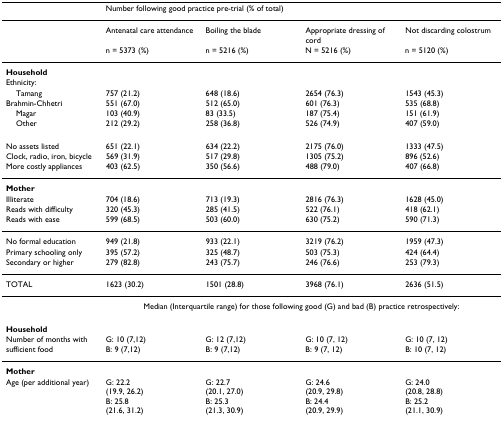
<table><thead><tr><td></td><td colspan="4"><b>Number following good practice pre-trial (% of total)</b></td></tr></thead><tbody><tr><td></td><td>Antenatal care attendance</td><td>Boiling the blade</td><td>Appropriate dressing of cord</td><td>Not discarding colostrum</td></tr><tr><td></td><td>n = 5373 (%)</td><td>n = 5216 (%)</td><td>N = 5216 (%)</td><td>n = 5120 (%)</td></tr><tr><td><b>Household</b></td><td></td><td></td><td></td><td></td></tr><tr><td>Ethnicity:</td><td></td><td></td><td></td><td></td></tr><tr><td> Tamang</td><td>757 (21.2)</td><td>648 (18.6)</td><td>2654 (76.3)</td><td>1543 (45.3)</td></tr><tr><td>Brahmin-Chhetri</td><td>551 (67.0)</td><td>512 (65.0)</td><td>601 (76.3)</td><td>535 (68.8)</td></tr><tr><td> Magar</td><td>103 (40.9)</td><td>83 (33.5)</td><td>187 (75.4)</td><td>151 (61.9)</td></tr><tr><td> Other</td><td>212 (29.2)</td><td>258 (36.8)</td><td>526 (74.9)</td><td>407 (59.0)</td></tr><tr><td>No assets listed</td><td>651 (22.1)</td><td>634 (22.2)</td><td>2175 (76.0)</td><td>1333 (47.5)</td></tr><tr><td>Clock, radio, iron, bicycle</td><td>569 (31.9)</td><td>517 (29.8)</td><td>1305 (75.2)</td><td>896 (52.6)</td></tr><tr><td>More costly appliances</td><td>403 (62.5)</td><td>350 (56.6)</td><td>488 (79.0)</td><td>407 (66.8)</td></tr><tr><td><b>Mother</b></td><td></td><td></td><td></td><td></td></tr><tr><td>Illiterate</td><td>704 (18.6)</td><td>713 (19.3)</td><td>2816 (76.3)</td><td>1628 (45.0)</td></tr><tr><td>Reads with difficulty</td><td>320 (45.3)</td><td>285 (41.5)</td><td>522 (76.1)</td><td>418 (62.1)</td></tr><tr><td>Reads with ease</td><td>599 (68.5)</td><td>503 (60.0)</td><td>630 (75.2)</td><td>590 (71.3)</td></tr><tr><td>No formal education</td><td>949 (21.8)</td><td>933 (22.1)</td><td>3219 (76.2)</td><td>1959 (47.3)</td></tr><tr><td>Primary schooling only</td><td>395 (57.2)</td><td>325 (48.7)</td><td>503 (75.3)</td><td>424 (64.4)</td></tr><tr><td>Secondary or higher</td><td>279 (82.8)</td><td>243 (75.7)</td><td>246 (76.6)</td><td>253 (79.3)</td></tr><tr><td>TOTAL</td><td>1623 (30.2)</td><td>1501 (28.8)</td><td>3968 (76.1)</td><td>2636 (51.5)</td></tr><tr><td></td><td colspan="4">Median (Interquartile range) for those following good (G) and bad (B) practice retrospectively:</td></tr><tr><td><b>Household</b></td><td></td><td></td><td></td><td></td></tr><tr><td>Number of months with</td><td>G: 10 (7,12)</td><td>G: 12 (7,12)</td><td>G: 10 (7, 12)</td><td>G: 10 (7, 12)</td></tr><tr><td>sufficient food</td><td>B: 9 (7,12)</td><td>B: 9 (7,12)</td><td>B: 9 (7, 12)</td><td>B: 10 (7, 12)</td></tr><tr><td><b>Mother</b></td><td></td><td></td><td></td><td></td></tr><tr><td>Age (per additional year)</td><td>G: 22.2(19.9, 26.2)</td><td>G: 22.7(20.1, 27.0)</td><td>G: 24.6(20.9, 29.8)</td><td>G: 24.0(20.8, 28.8)</td></tr><tr><td></td><td>B: 25.8(21.6, 31.2)</td><td>B: 25.3(21.3, 30.9)</td><td>B: 24.4(20.9, 29.9)</td><td>B: 25.2(21.1, 30.9)</td></tr></tbody></table>